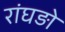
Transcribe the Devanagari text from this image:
रांघड़ो